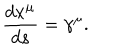
\frac { d x ^ { \mu } } { d s } = \gamma ^ { \mu } .